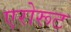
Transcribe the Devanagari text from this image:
एरोरूट